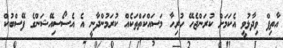
އާތިފް ވިދާޅުވީ އެކަމަށް ކުރަންޖެހޭ ހުރިހާ މަސައްކަތްތަކެއް ކުރަމުންދާނީ އެ އެސޯސިއޭޝަންގެ ފޭސްބުކް